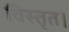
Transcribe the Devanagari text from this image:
विस्तृत।